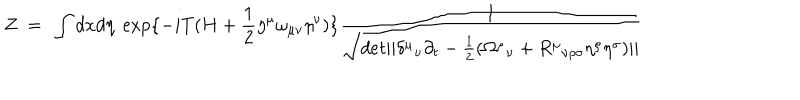
Z ~ = ~ \int d x d \eta \ \exp \{ - i T ( H + \frac { 1 } { 2 } \eta ^ { \mu } \omega _ { \mu \nu } \eta ^ { \nu } ) \} { \frac { 1 } { \sqrt { d e t | | { \delta ^ { \mu } } _ { \nu } \partial _ { t } - \frac { 1 } { 2 } ( { \Omega ^ { \mu } } _ { \nu } + { R ^ { \mu } } _ { \nu \rho \sigma } \eta ^ { \rho } \eta ^ { \sigma } ) | | } } }